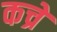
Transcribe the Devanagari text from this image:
कच्रे